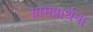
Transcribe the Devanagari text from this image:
ग्रामप्रार्थना